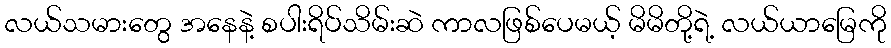
လယ်သမားတွေ အနေနဲ့ စပါးရိပ်သိမ်းဆဲ ကာလဖြစ်ပေမယ့် မိမိတို့ရဲ့ လယ်ယာမြေကို